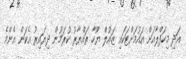
އަދި މިހަފްލާއަށް އައުމަށްޓަކައި ޒައުލް ޔޫހާ ތައްޔާރު ކުރަމުން ދިޔައިރު އެކަން އެންމެ